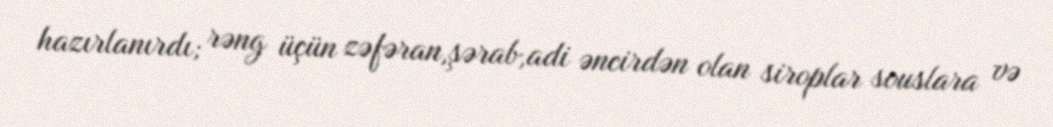
hazırlanırdı; rəng üçün zəfəran,şərab,adi əncirdən olan siroplar souslara və